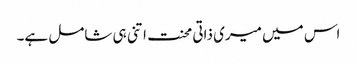
اس میں میری ذاتی محنت اتنی ہی شامل ہے۔